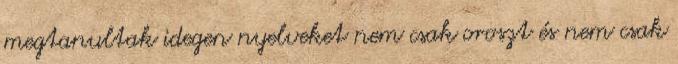
megtanultak idegen nyelveket nem csak oroszt és nem csak